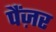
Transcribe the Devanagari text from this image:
पैंज़र